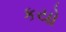
કયો